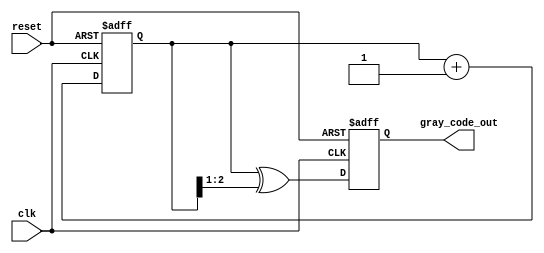
module gray_code_counter #(
    parameter WIDTH = 3  // Parameter for the bit width of the counter
)(
    input wire clk,      // Clock signal
    input wire reset,    // Asynchronous reset signal
    output reg [WIDTH-1:0] gray_code_out // Output for the Gray Code value
);

    reg [WIDTH-1:0] binary_count; // Register to hold the binary count

    // Always block for counting and Gray Code conversion
    always @(posedge clk or posedge reset) begin
        if (reset) begin
            // Reset the counter to 0 in Gray Code
            binary_count <= 0;
            gray_code_out <= 0;
        end else begin
            // Increment the binary count
            binary_count <= binary_count + 1;

            // Convert binary count to Gray Code
            gray_code_out <= binary_count ^ (binary_count >> 1);
        end
    end

endmodule